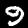
Digit: 9